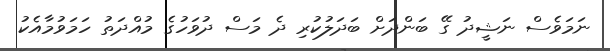
ނަމަވެސް ނަޝީދު ގޭ ބަންދަށް ބަދަލުކުރި ދެ މަސް ދުވަހުގެ މުއްދަތު ހަމަވުމާއެކު